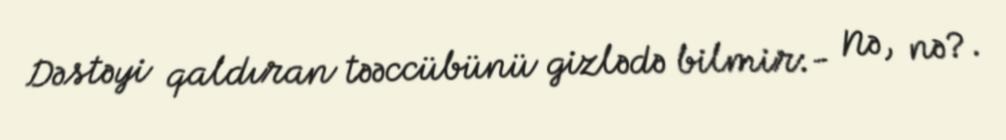
Dəstəyi qaldıran təəccübünü gizlədə bilmir:- Nə, nə?.